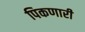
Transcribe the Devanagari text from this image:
पिकणारी